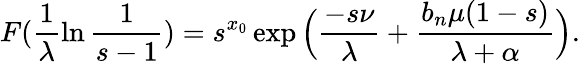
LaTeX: F(\frac{1}{\lambda}\ln{\frac{1}{s-1}})=s^{x_{0}}\exp\Big(\frac{-s\nu}{\lambda}+\frac{b_{n}\mu(1-s)}{\lambda+\alpha}\Big).